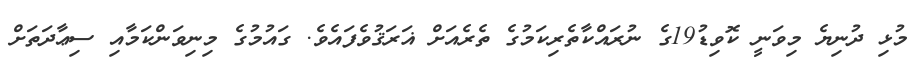
މުޅި ދުނިޔެ މިވަނީ ކޮވިޑު19ގެ ނުރައްކާތެރިކަމުގެ ތެރެއަށް ޣަރަޤުވެފައެވެ. ގައުމުގެ މިނިވަންކަމާއި ސިޢާދަތަށް